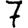
Digit: 7